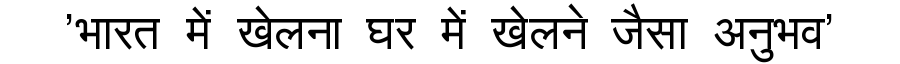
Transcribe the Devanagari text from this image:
'भारत में खेलना घर में खेलने जैसा अनुभव'